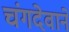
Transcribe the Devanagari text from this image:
चंगदेवाने